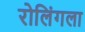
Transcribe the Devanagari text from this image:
रोलिंगला